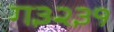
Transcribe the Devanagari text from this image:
ग३२३१